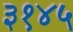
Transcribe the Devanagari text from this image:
३१४५